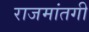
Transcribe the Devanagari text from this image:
राजमांतगी